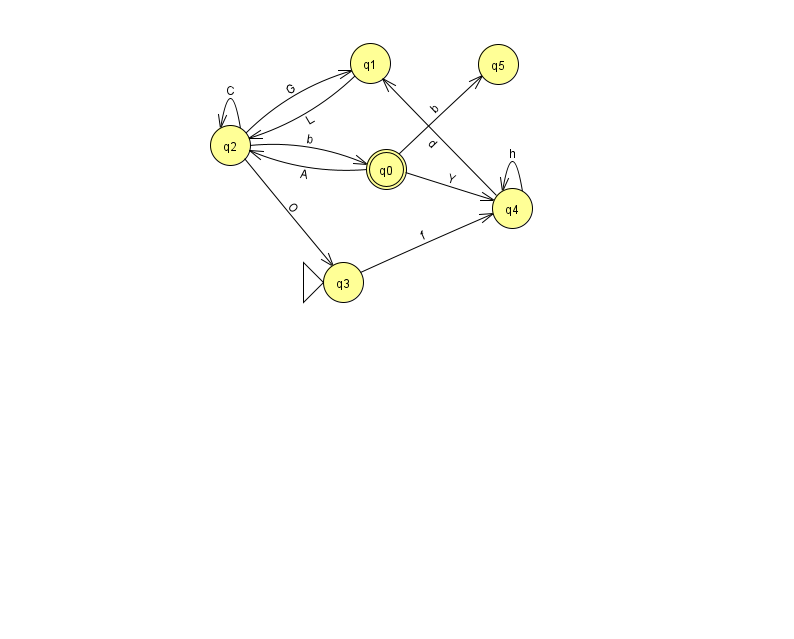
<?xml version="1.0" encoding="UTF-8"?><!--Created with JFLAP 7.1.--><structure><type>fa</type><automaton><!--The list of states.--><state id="0" name="q0"><x>386.0</x><y>156.0</y><final/></state><state id="1" name="q1"><x>370.0</x><y>50.0</y></state><state id="2" name="q2"><x>230.0</x><y>132.0</y></state><state id="3" name="q3"><x>343.0</x><y>269.0</y><initial/></state><state id="4" name="q4"><x>512.0</x><y>195.0</y></state><state id="5" name="q5"><x>498.0</x><y>51.0</y></state><!--The list of transitions.--><transition><from>0</from><to>5</to><read>b</read></transition><transition><from>2</from><to>3</to><read>O</read></transition><transition><from>1</from><to>2</to><read>L</read></transition><transition><from>2</from><to>2</to><read>C</read></transition><transition><from>0</from><to>2</to><read>A</read></transition><transition><from>2</from><to>0</to><read>b</read></transition><transition><from>4</from><to>1</to><read>d</read></transition><transition><from>4</from><to>4</to><read>h</read></transition><transition><from>2</from><to>1</to><read>G</read></transition><transition><from>3</from><to>4</to><read>f</read></transition><transition><from>0</from><to>4</to><read>Y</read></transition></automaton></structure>